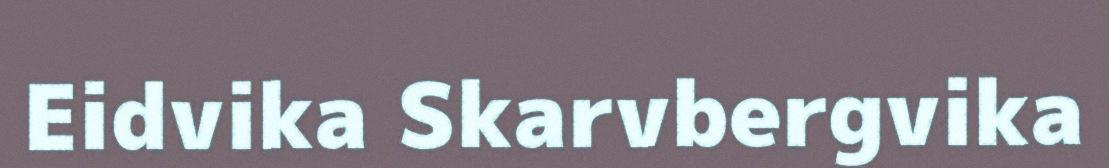
Eidvika Skarvbergvika